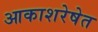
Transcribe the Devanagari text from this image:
आकाशरेषेत